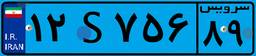
۱۲S۷۵۶۸۹